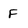
Character: F